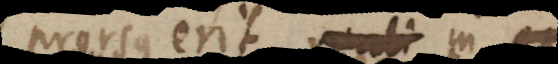
prorsus erit reali in